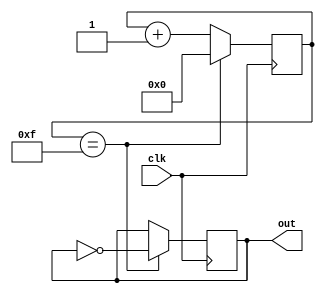
//`include "common/up_counter.v"

module clock_divider(clk, out);
	//generalized clock divider, uses up_counter to count divs
	//by default, 8 bits wide, div-by-16
	parameter BITS = 8;
	parameter DIV  = 16;

	input clk;
	output reg out;

	reg [BITS-1:0] count;
	reg clr;

	

	initial begin
		out = 0;
		count = 0;
	end

	always @(posedge clk) begin
		if(count == (DIV - 1)) begin
			count <= 0;
			out <= ~out;
		end else begin
			count <= count + 1;
		end
	end

endmodule // clock_divider